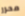
محرر